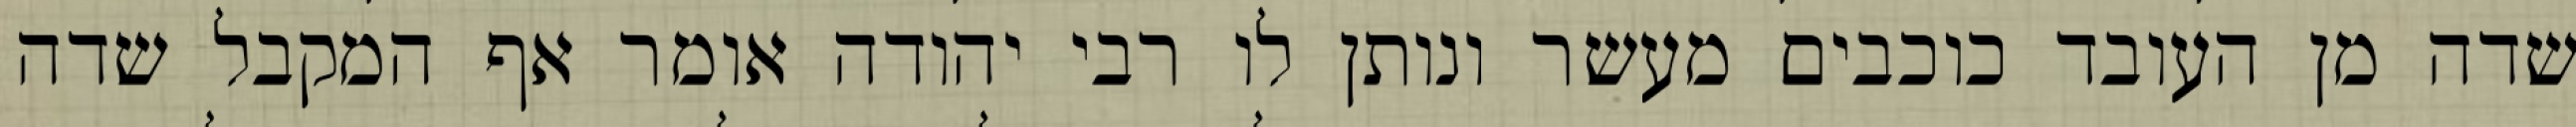
שדה מן העובד כוכבים מעשר ונותן לו רבי יהודה אומר אף המקבל שדה